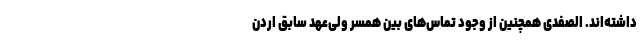
داشته‌اند. الصفدی همچنین از وجود تماس‌های بین همسر ولی‌عهد سابق اردن